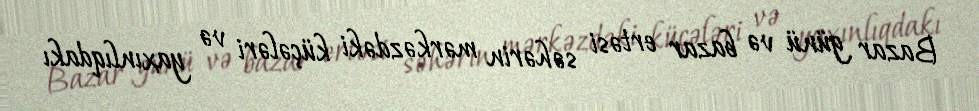
Bazar günü və bazar ertəsi səhərin mərkəzdəki küçələri və yaxınlıqdakı